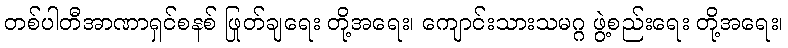
တစ်ပါတီအာဏာရှင်စနစ် ဖြုတ်ချရေး တို့အရေး၊ ကျောင်းသားသမဂ္ဂ ဖွဲ့စည်းရေး တို့အရေး၊